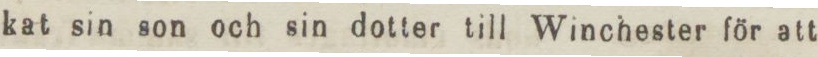
kat sin son och sin dotter till Winchester för att